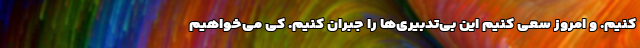
کنیم. و امروز سعی کنیم این بی‌تدبیری‌ها را جبران کنیم. کی می‌خواهیم